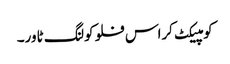
کومپیکٹ کراس فلو کولنگ ٹاور۔